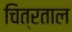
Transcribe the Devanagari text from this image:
चित्रताल